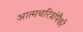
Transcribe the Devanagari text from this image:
आत्मचरित्रांपैकी